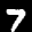
Label: 7